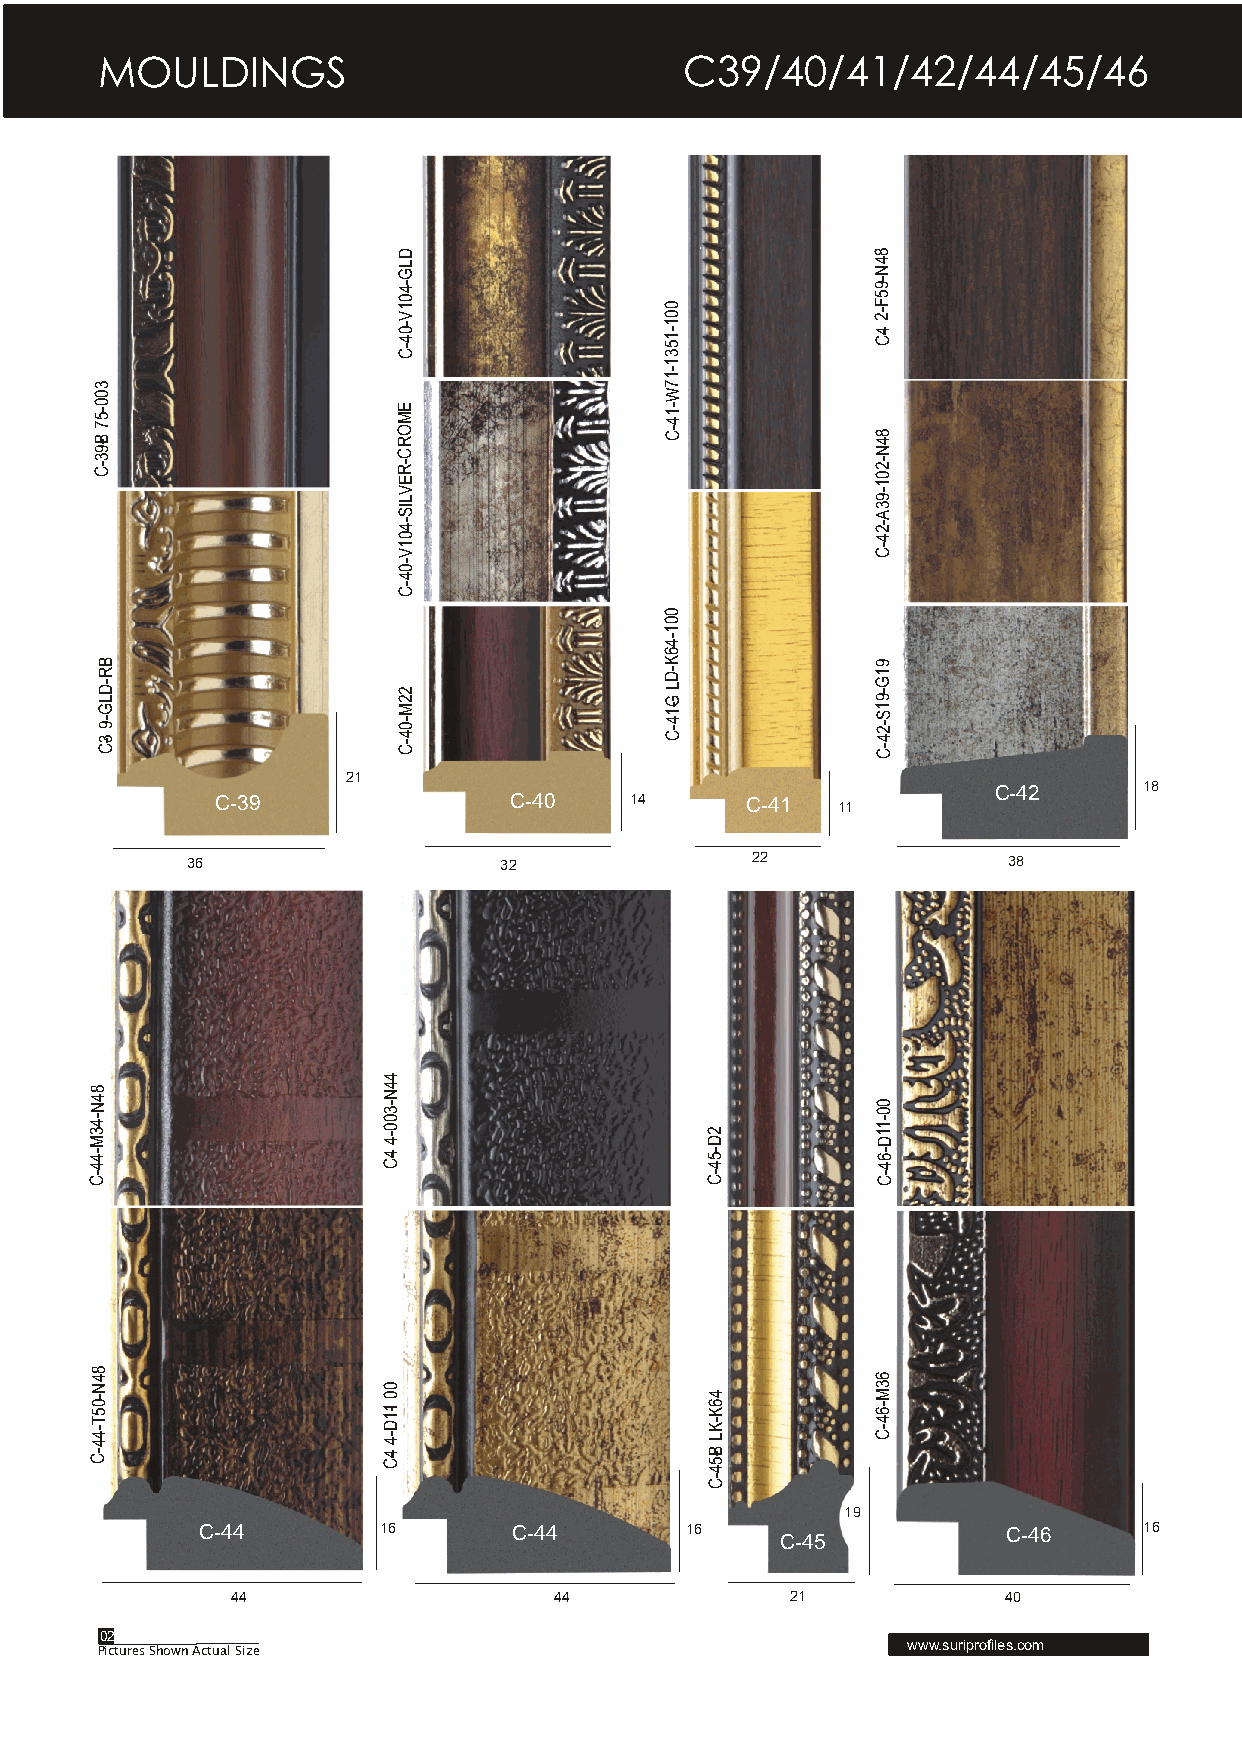
MOULDINGS                              C39/40/41/42/44/45/46
 D                               8
 L G                             4 N
 -4
 0 1 V
 -0
 4 -C
 0 0
 1 -1
 5 3
 -9
 5 F -2
 4-C
 1
 -1
 3                                     7
 0                                     W
 0 -5 7 B-9
 3 -C
 E M O R
 C -R
 E
 -1 4 -C       8 4
 N -2
 0 1
 V
 L
 -9
 IS                              3
 A
 -4
 0 1 V
 -2
 4 -C
 -0
 4
 -C
 0
 0
 1
 -4
 6
 B                                     K             9
 R
 -D
 L G
 -9 3-C
 2
 2 M
 -0 4 -C
 -D
 L
 G -1
 4 -C
 1
 G -9
 1
 S -2 4 -C
 21
 C-42      18
 C-39                C-40    14     C-41  11
 36                   32               22               38
 4
 M34-N48            4 N
 -3
 0
 0 -4                  2 D
 0
 0
 -1
 1 D
 44-                4-C                   -5
 4
 -6
 4
 C-                                       -C         -C
 44-T50-N48
 0
 0
 1-1
 D
 -4
 4
 6 K
 -K
 L
 6
 3
 M
 -6
 4 -C
 C-                 4-C                   B-5
 4
 -C
 19
 C-44        16       C-44       16                    C-46     16
 C-45
 44                    44             21            40
 02
 www.suriprofiles.com
 Pictures Shown Actual Size